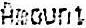
AMOUNT